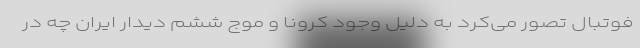
فوتبال تصور می‌کرد به دلیل وجود کرونا و موج ششم دیدار ایران چه در